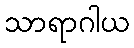
သာရာဂါယ